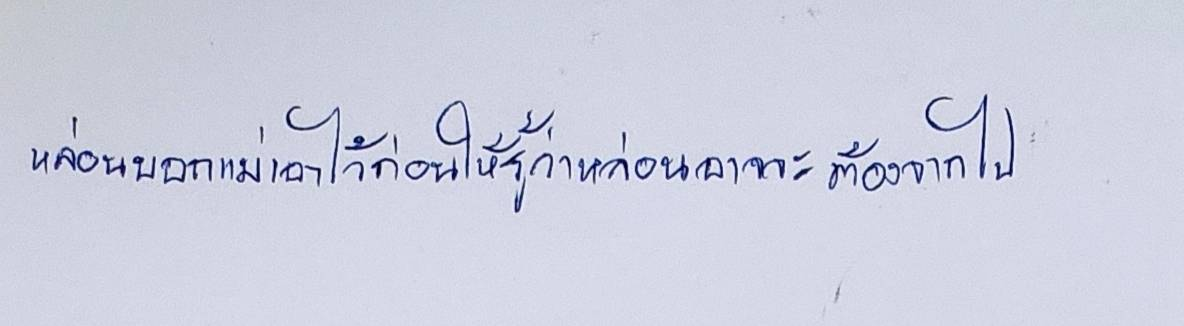
หล่อนบอกแม่เอาไว้ก่อนให้รู้ว่าหล่อนอาจจะต้องจากไป